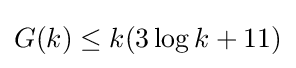
G(k)\leq k(3\log k+11)